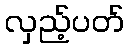
လှည့်ပတ်